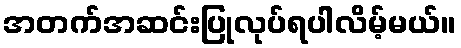
အတက်အဆင်းပြုလုပ်ရပါလိမ့်မယ်။